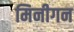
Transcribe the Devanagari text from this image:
मिनीगन